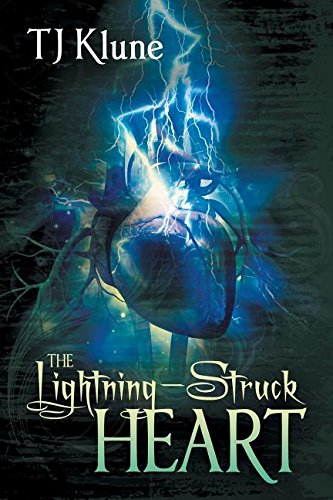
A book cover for The Lightning-Struck Heart; TJ Klune; Romance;